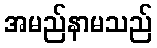
အမည်နာမသည်